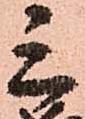
三